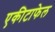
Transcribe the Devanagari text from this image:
एकीटाफेल